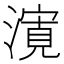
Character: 𭲨